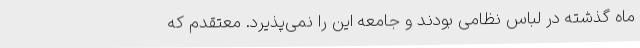
ماه گذشته در لباس نظامی بودند و جامعه این را نمی‌پذیرد. معتقدم که